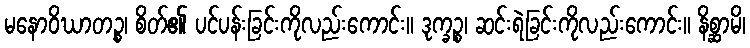
မနောဝိဃာတဉ္စ၊ စိတ်၏ ပင်ပန်းခြင်းကိုလည်းကောင်း။ ဒုက္ခဉ္စ၊ ဆင်းရဲခြင်းကိုလည်းကောင်း။ နိစ္ဆာမိ၊